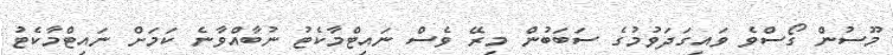
މޫސުން ގޯސްވެ ވައިގަދަވުމުގެ ސަބަބުން މިރޭ ވެސް ނައިޓްމާކެޓު ނުބާއްވާނެ ކަމަށް ނައިޓްމާކެޓު